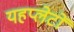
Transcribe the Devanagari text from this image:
यहप्लेटों